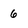
Character: 6